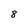
Character: 8